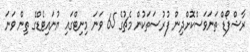
ރާޝްފޯޑް ތަނަވަސްކޮށްދިން ފުރުސަތަކުން މެޗުގެ 65 ވަނަ މިނިޓްގައި ޔުނައިޓެޑްގެ ތިން ވަނަ